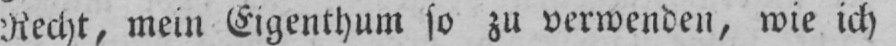
Recht, mein Eigenthum so zu verwenden, wie ich